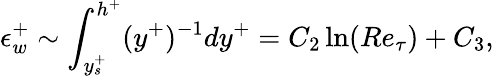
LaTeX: \epsilon_{w}^{+}\sim\int_{y_{s}^{+}}^{h^{+}}(y^{+})^{-1}dy^{+}=C_{2}\ln(Re_{\tau})+C_{3},